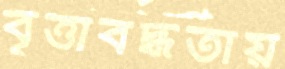
বৃত্তাবদ্ধতায়